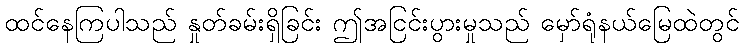
ထင်နေကြပါသည် နှုတ်ခမ်းရှိခြင်း ဤအငြင်းပွားမှုသည် မှော်ရုံနယ်မြေထဲတွင်